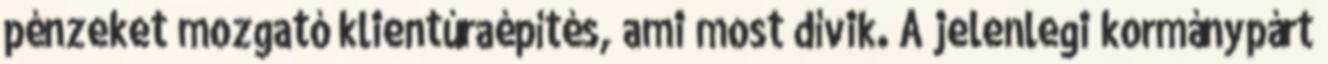
pénzeket mozgató klientúraépítés, ami most dívik. A jelenlegi kormánypárt